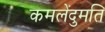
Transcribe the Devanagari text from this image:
कमलेंदुमति